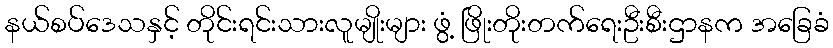
နယ်စပ်ဒေသနှင့် တိုင်းရင်းသားလူမျိုးများ ဖွံ့ ဖြိုးတိုးတက်ရေးဦးစီးဌာနက အခြေခံ